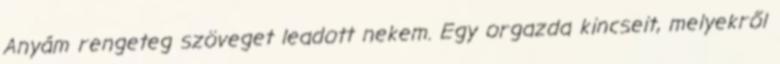
Anyám rengeteg szöveget leadott nekem. Egy orgazda kincseit, melyekről